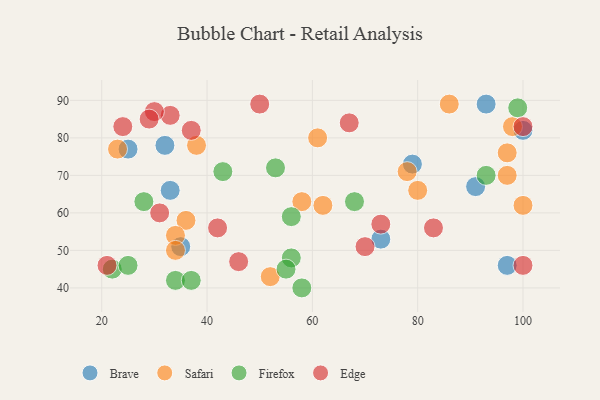
{"axis": {"x": "GDP", "y": "Life Expectancy"}, "legend": ["Brave", "Edge", "Firefox", "Safari"], "data": [{"x": "97", "y": 46, "type": "Brave"}, {"x": "91", "y": 67, "type": "Brave"}, {"x": "33", "y": 66, "type": "Brave"}, {"x": "25", "y": 77, "type": "Brave"}, {"x": "73", "y": 53, "type": "Brave"}, {"x": "79", "y": 73, "type": "Brave"}, {"x": "100", "y": 82, "type": "Brave"}, {"x": "35", "y": 51, "type": "Brave"}, {"x": "93", "y": 89, "type": "Brave"}, {"x": "32", "y": 78, "type": "Brave"}, {"x": "98", "y": 83, "type": "Safari"}, {"x": "36", "y": 58, "type": "Safari"}, {"x": "100", "y": 62, "type": "Safari"}, {"x": "86", "y": 89, "type": "Safari"}, {"x": "38", "y": 78, "type": "Safari"}, {"x": "23", "y": 77, "type": "Safari"}, {"x": "52", "y": 43, "type": "Safari"}, {"x": "97", "y": 70, "type": "Safari"}, {"x": "97", "y": 76, "type": "Safari"}, {"x": "61", "y": 80, "type": "Safari"}, {"x": "80", "y": 66, "type": "Safari"}, {"x": "34", "y": 54, "type": "Safari"}, {"x": "78", "y": 71, "type": "Safari"}, {"x": "34", "y": 50, "type": "Safari"}, {"x": "58", "y": 63, "type": "Safari"}, {"x": "62", "y": 62, "type": "Safari"}, {"x": "56", "y": 48, "type": "Firefox"}, {"x": "93", "y": 70, "type": "Firefox"}, {"x": "34", "y": 42, "type": "Firefox"}, {"x": "68", "y": 63, "type": "Firefox"}, {"x": "43", "y": 71, "type": "Firefox"}, {"x": "99", "y": 88, "type": "Firefox"}, {"x": "53", "y": 72, "type": "Firefox"}, {"x": "22", "y": 45, "type": "Firefox"}, {"x": "25", "y": 46, "type": "Firefox"}, {"x": "58", "y": 40, "type": "Firefox"}, {"x": "55", "y": 45, "type": "Firefox"}, {"x": "37", "y": 42, "type": "Firefox"}, {"x": "28", "y": 63, "type": "Firefox"}, {"x": "56", "y": 59, "type": "Firefox"}, {"x": "42", "y": 56, "type": "Edge"}, {"x": "33", "y": 86, "type": "Edge"}, {"x": "100", "y": 46, "type": "Edge"}, {"x": "73", "y": 57, "type": "Edge"}, {"x": "67", "y": 84, "type": "Edge"}, {"x": "30", "y": 87, "type": "Edge"}, {"x": "46", "y": 47, "type": "Edge"}, {"x": "24", "y": 83, "type": "Edge"}, {"x": "83", "y": 56, "type": "Edge"}, {"x": "37", "y": 82, "type": "Edge"}, {"x": "70", "y": 51, "type": "Edge"}, {"x": "50", "y": 89, "type": "Edge"}, {"x": "29", "y": 85, "type": "Edge"}, {"x": "100", "y": 83, "type": "Edge"}, {"x": "21", "y": 46, "type": "Edge"}, {"x": "31", "y": 60, "type": "Edge"}]}